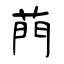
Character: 菛